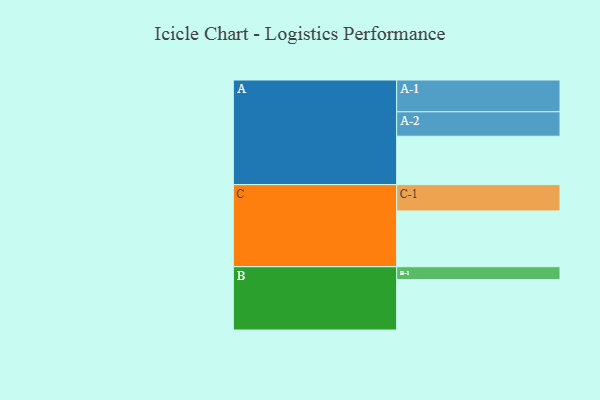
{"axis": {"x": "Segment", "y": "Value"}, "legend": ["", "A", "B", "C"], "data": [{"x": "A", "y": 329, "type": ""}, {"x": "B", "y": 343, "type": ""}, {"x": "C", "y": 379, "type": ""}, {"x": "A-1", "y": 216, "type": "A"}, {"x": "A-2", "y": 166, "type": "A"}, {"x": "B-1", "y": 87, "type": "B"}, {"x": "C-1", "y": 179, "type": "C"}]}